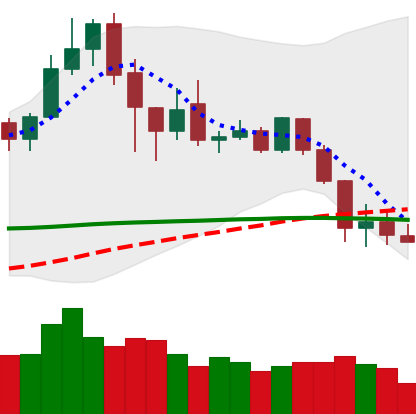
Ticker: XLM-USD
Chart end date: 2020-02-29
Forward return: 4.006%
Label: up_3_5